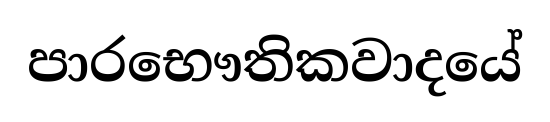
පාරභෞතිකවාදයේ